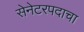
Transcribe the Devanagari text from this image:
सेनेटरपदाचा